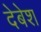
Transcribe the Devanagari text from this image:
देबेश